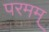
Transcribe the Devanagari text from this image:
परमम्